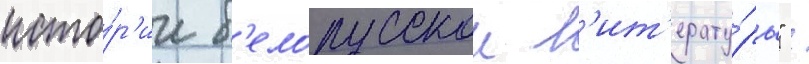
исто́р'ии б'елорусскои л'ит'ерату́ры" /